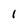
Character: 1